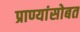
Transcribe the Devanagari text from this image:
प्राण्यांसोबत